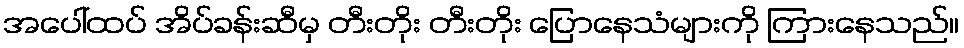
အပေါ်ထပ် အိပ်ခန်းဆီမှ တီးတိုး တီးတိုး ပြောနေသံများကို ကြားနေသည်။